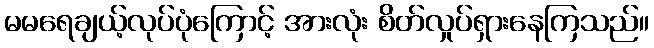
မမရေချယ့်လုပ်ပုံကြောင့် အားလုံး စိတ်လှုပ်ရှားနေကြသည်။